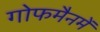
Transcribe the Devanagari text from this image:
गोफमैनमें